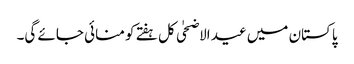
پاکستان میں عید الاضحٰی کل ہفتے کو منائی جائے گی۔